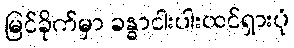
မြင်ခိုက်မှာ ခန္ဓာငါးပါးထင်ရှားပုံ